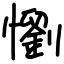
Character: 懰